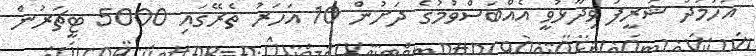
އަހުމަދު ޝަރީފު ވިދާޅުވީ އެއްބަސްވުމުގެ ދަށުން 10 އަހަރު ތެރޭގައި 5000 ޓީޗަރުން